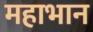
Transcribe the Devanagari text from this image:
महाभान